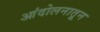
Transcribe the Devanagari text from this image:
आंदोलनातून